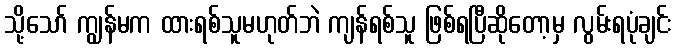
သို့သော် ကျွန်မက ထားရစ်သူမဟုတ်ဘဲ ကျန်ရစ်သူ ဖြစ်ရပြီဆိုတော့မှ လွမ်းရပုံချင်း